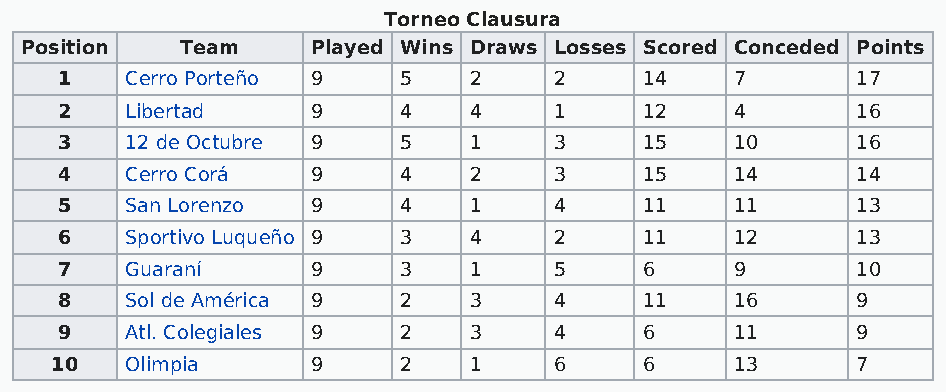
Torneo Clausura
 Position   Team     Played Wins Draws Losses Scored Conceded Points
 1   Cerro Porteño 9   5    2     2     14    7       17
 2   Libertad     9    4    4     1     12    4       16
 3   12 de Octubre 9   5    1     3     15    10      16
 4   Cerro Corá   9    4    2     3     15    14      14
 5   San Lorenzo  9    4    1     4     11    11      13
 6   Sportivo Luqueño 9 3   4     2     11    12      13
 7   Guaraní      9    3    1     5     6     9       10
 8   Sol de América 9  2    3     4     11    16      9
 9   Atl. Colegiales 9 2    3     4     6     11      9
 10   Olimpia      9    2    1     6     6     13      7